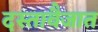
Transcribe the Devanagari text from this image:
दस्तावैजात